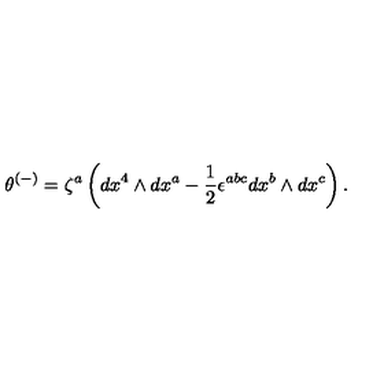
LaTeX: \theta ^ { ( - ) } = \zeta ^ { a } \left( d x ^ { 4 } \wedge d x ^ { a } - \frac { 1 } { 2 } \epsilon ^ { a b c } d x ^ { b } \wedge d x ^ { c } \right) .